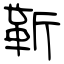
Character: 靳